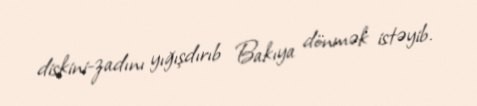
diskini-zadını yığışdırıb Bakıya dönmək istəyib.